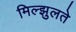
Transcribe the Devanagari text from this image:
मिल्झुलते